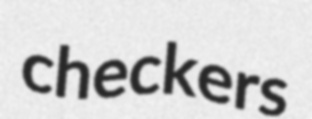
checkers